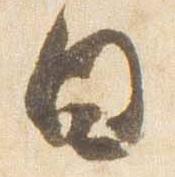
白